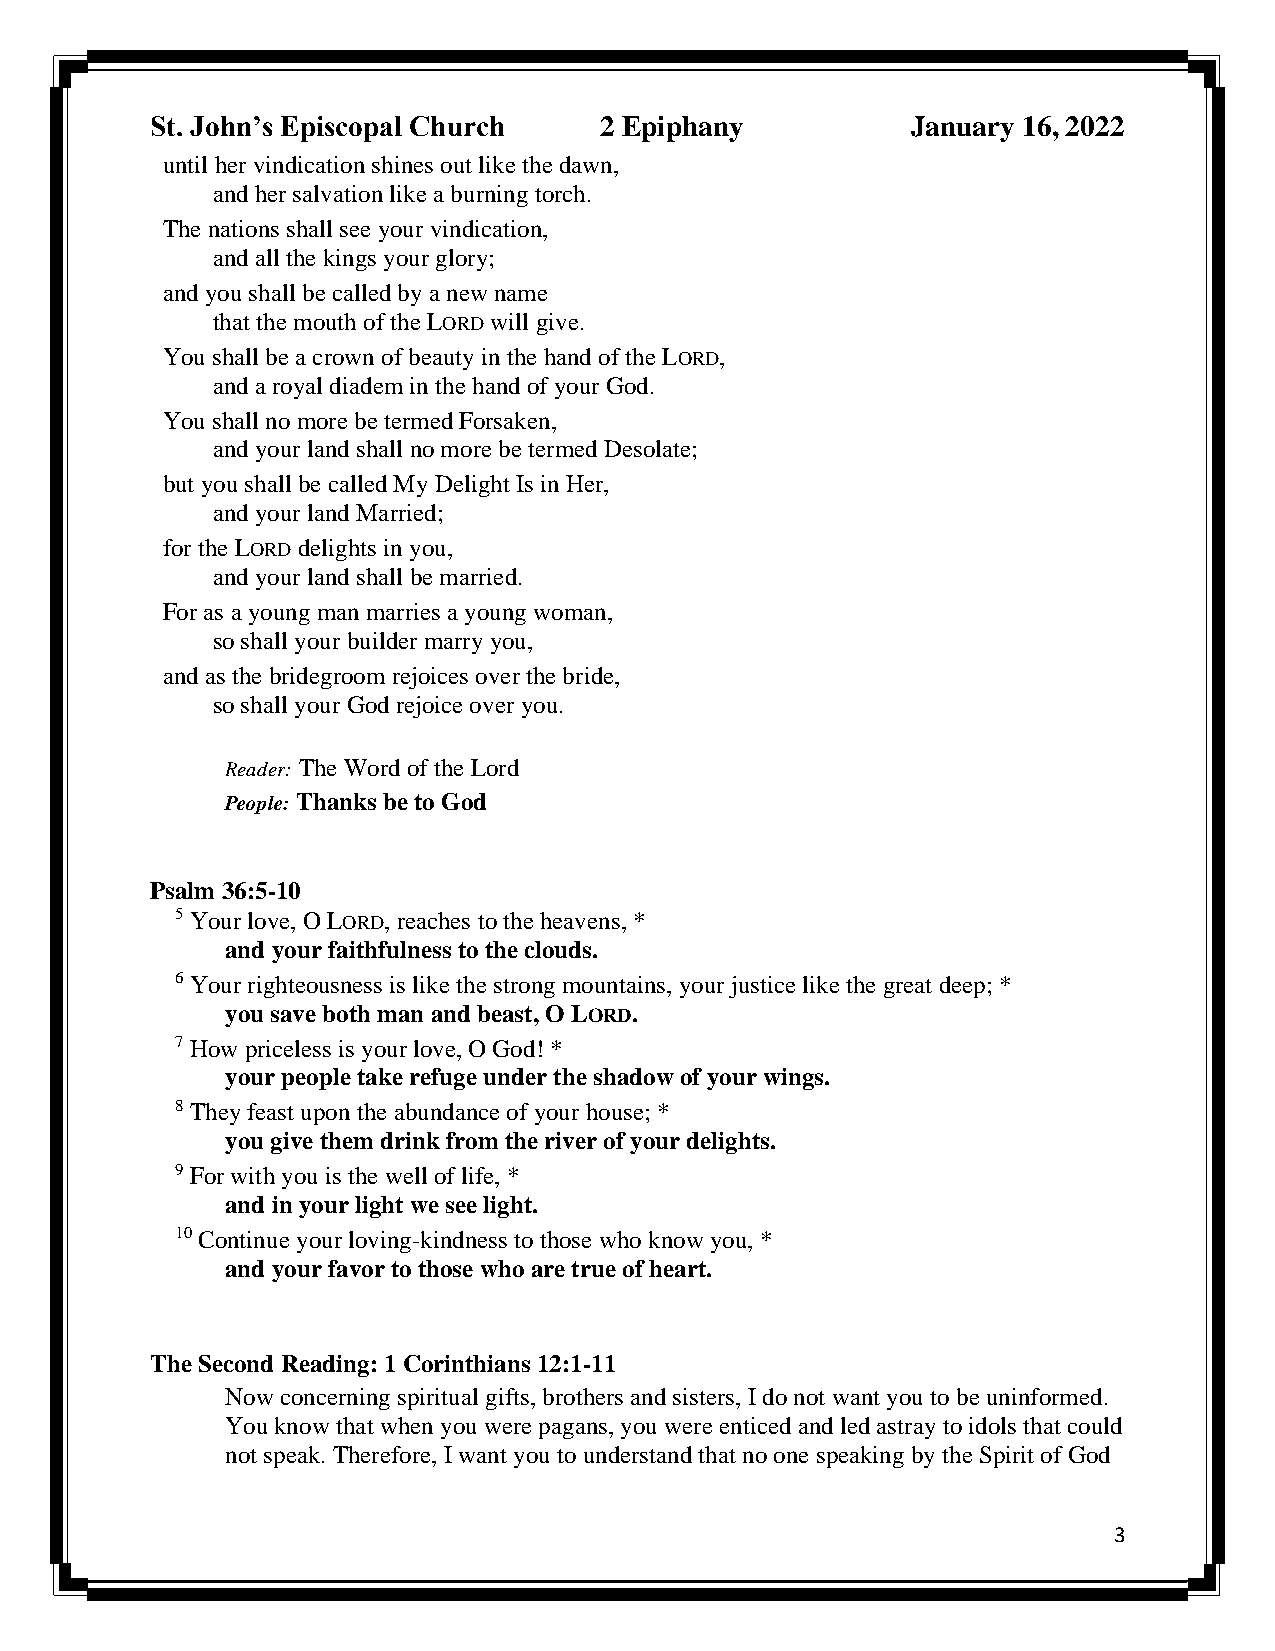
St. John’s Episcopal Church   2 Epiphany          January 16, 2022
 until her vindication shines out like the dawn,
 and her salvation like a burning torch.
 The nations shall see your vindication,
 and all the kings your glory;
 and you shall be called by a new name
 that the mouth of the LORD will give.
 You shall be a crown of beauty in the hand of the LORD,
 and a royal diadem in the hand of your God.
 You shall no more be termed Forsaken,
 and your land shall no more be termed Desolate;
 but you shall be called My Delight Is in Her,
 and your land Married;
 for the LORD delights in you,
 and your land shall be married.
 For as a young man marries a young woman,
 so shall your builder marry you,
 and as the bridegroom rejoices over the bride,
 so shall your God rejoice over you.
 Reader: The Word of the Lord
 People: Thanks be to God
 Psalm 36:5-10
 5 Your love, O LORD, reaches to the heavens, *
 and your faithfulness to the clouds.
 6 Your righteousness is like the strong mountains, your justice like the great deep; *
 you save both man and beast, O LORD.
 7 How priceless is your love, O God! *
 your people take refuge under the shadow of your wings.
 8 They feast upon the abundance of your house; *
 you give them drink from the river of your delights.
 9 For with you is the well of life, *
 and in your light we see light.
 10 Continue your loving-kindness to those who know you, *
 and your favor to those who are true of heart.
 The Second Reading: 1 Corinthians 12:1-11
 Now concerning spiritual gifts, brothers and sisters, I do not want you to be uninformed.
 You know that when you were pagans, you were enticed and led astray to idols that could
 not speak. Therefore, I want you to understand that no one speaking by the Spirit of God
 3